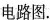
电路图。